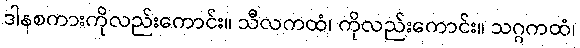
ဒါနစကားကိုလည်းကောင်း။ သီလကထံ၊ ကိုလည်းကောင်း။ သဂ္ဂကထံ၊